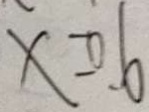
x = 0 . 6